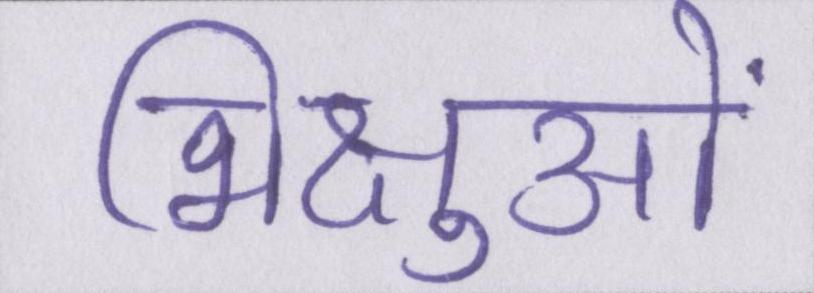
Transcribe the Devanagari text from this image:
भिक्षुओं